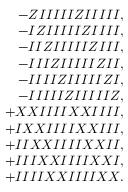
\begin{array} { r l r } & { } & { - Z I I I I I Z I I I I I , } \\ & { } & { - I Z I I I I I Z I I I I , } \\ & { } & { - I I Z I I I I I Z I I I , } \\ & { } & { - I I I Z I I I I I Z I I , } \\ & { } & { - I I I I Z I I I I I Z I , } \\ & { } & { - I I I I I Z I I I I I Z , } \\ & { } & { + X X I I I I X X I I I I , } \\ & { } & { + I X X I I I I X X I I I , } \\ & { } & { + I I X X I I I I X X I I , } \\ & { } & { + I I I X X I I I I X X I , } \\ & { } & { + I I I I X X I I I I X X . } \end{array}